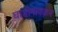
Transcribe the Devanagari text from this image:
घाडीगांवकर